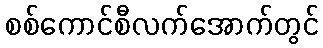
စစ်ကောင်စီလက်အောက်တွင်